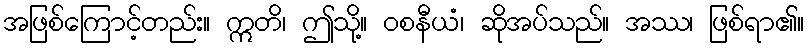
အဖြစ်ကြောင့်တည်း။ ဣတိ၊ ဤသို့။ ဝစနီယံ၊ ဆိုအပ်သည်။ အဿ၊ ဖြစ်ရာ၏။